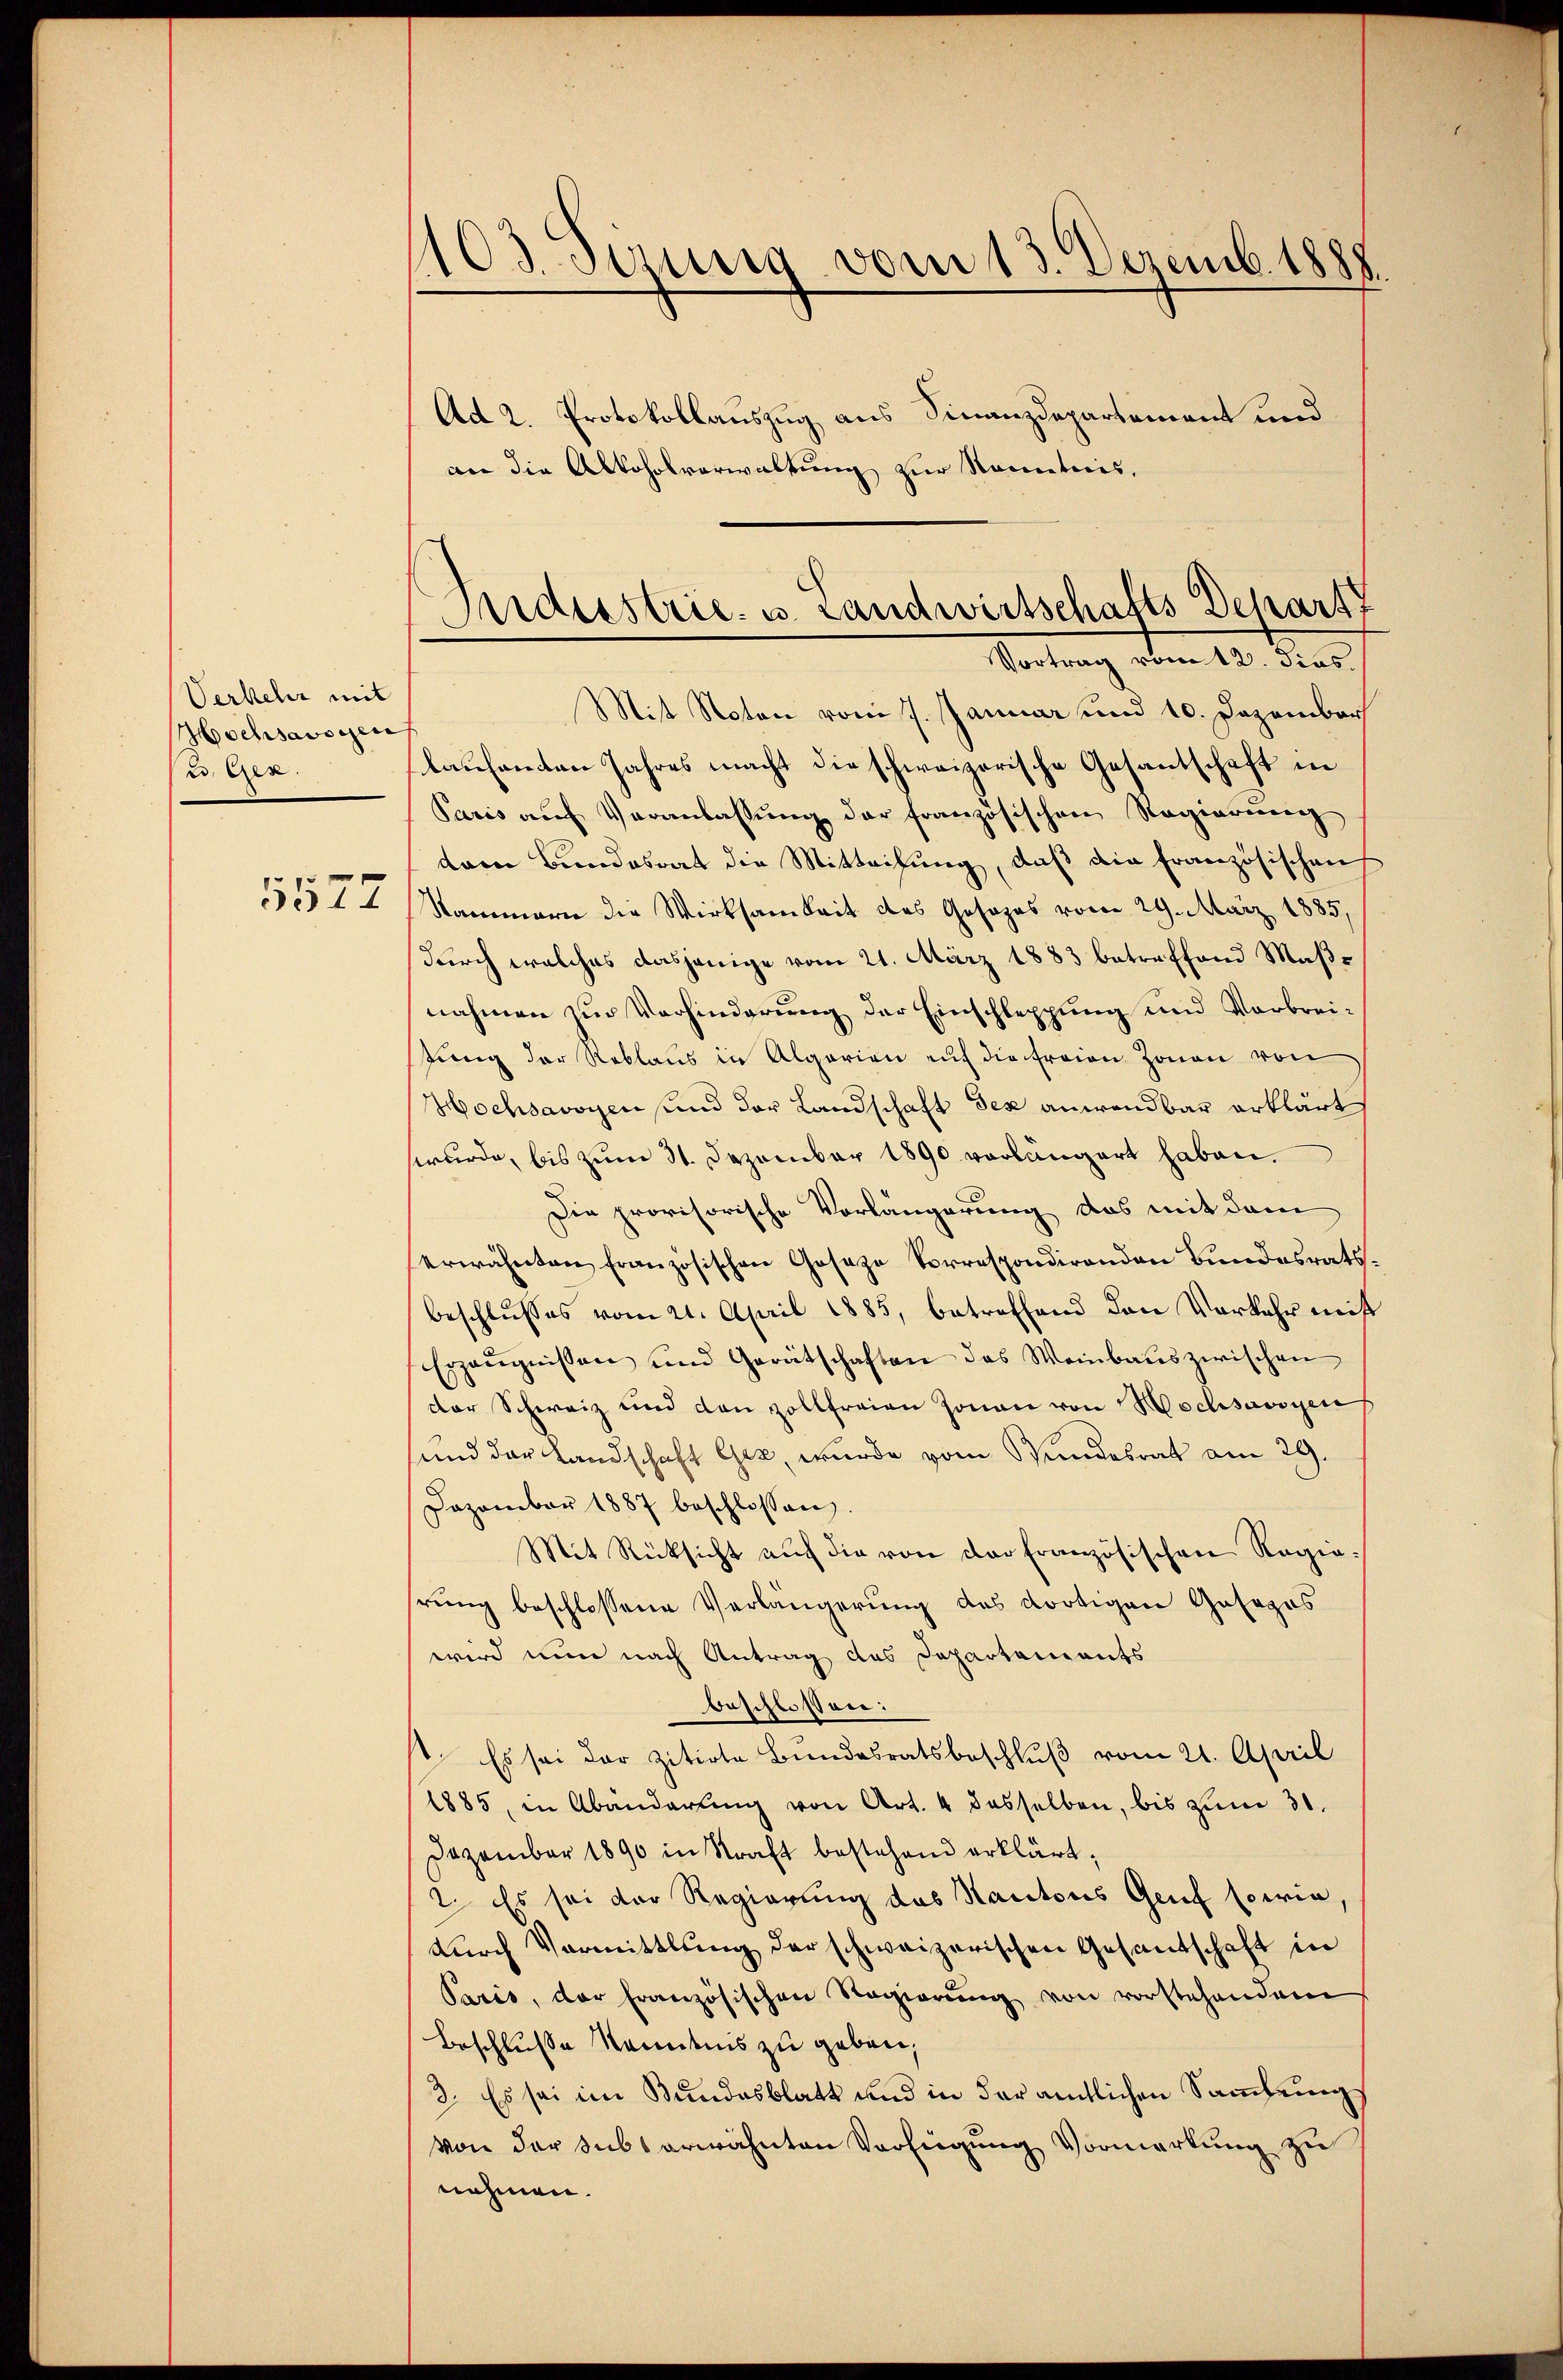
Verkehr mit
Hochsavoyen
t
5577

103 stung vom 13. Dezemb. 1888.

an die Alkoholverwaltung zur Kenntnis,

Industrie- u. Landwirtschafts Depart
Vortrag vom 12. dies

Ad 2. Protokollauszug aus Finanzdepartement und
Mit Noten vom 7. Januar und 10. Dezember
laufenten Jahres macht die schweizerische Gesantschaft in
Paris auf Veranlassung der französischen Regierung
dem Bundesrat die Mitteilung, daß die französischen
Nammern die Wirksamkeit des Gesezes vom 29. März 1885,
durch welches dasjenige vom 21. März 1883 betreffend Maßnahmen zur Verhinderung der Einschleppung und Verbreistung der Reblaus in Algarien auf die freien Zonen von
Hochsavoyen und der Landschaft der anwendbar erklärt
wurde, bis zum 31. Dezember 1890 vorlängert haben.
Die provisorische Vorlängerung das mit dem
erwähnten französischen Gosaze Vorrespondirenden Bŭndesrats.
beschlusses vom 21. April 1885, betreffend den Verkehr mit
Erzeŭgnissen und Gerätschaften das Weinbaŭszwischen
der Schweiz und den Zollfreien Jonau von Hochsavoyen
sund der Landschaft Gez, wurde vom Bundesrat am 29.
Dezember 1887 beschlossen.
Mit Rücksicht auf die von der Französischen Regierung beschlossene Verlängerung des dortigen Gesages
wird nun nach Antrag des Departements
beschlossen:
 Es sei der zitirte Bundesratsbeschluß vom 21. April
1885, in Abänderŭng von Art. 4 dasselben, bis zum 30.
Dezember 1890 in Straft bestehend erklärt,
2. Es sei der Regierung das Kantons Genf sowie,
durch Vormittlung der schweizerischen Gesandschaft in
Paris, der französischen Regierŭng von vorstehendem
Beschluße Kenntnis zu geben,
3. Es sei im Bundesblatt und in der amtlichen Sammlung
von der Subs erwähnten Verfügung Vormerkung zu
nehmen.